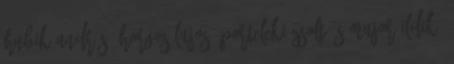
Hubik András, Horgos Lajos, Porteleki Zsolt és Major Ildikó